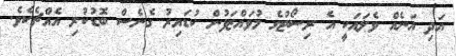
އަދި އަނެއް ވެލައަކީ އެ ރިސޯޓުގެ މުވައްޒަފުން ކުޑައިރު ގެނެސް ބޮޑުކުރި އެއްޗެކެވެ.